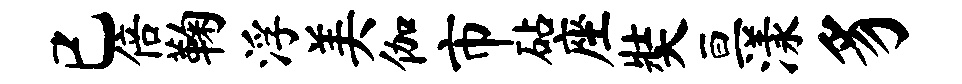
已倍鞠浮美伽市砧座奘亘漾豸